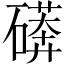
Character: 𱴳